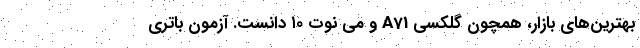
بهترین‌های بازار، همچون گلکسی A71 و می نوت ۱۰ دانست. آزمون باتری